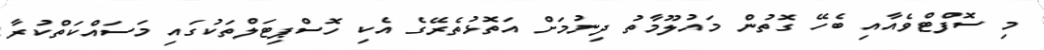
މި ސޮފްޓްވެއާއި ބެހޭ ގޮތުން މައުލޫމާތު ދިނުމަށް އަތޮޅުތެރޭގެ އެކި ހޮސްޕިޓަލްތަކުގައި މަސައްކަތްކުރާ